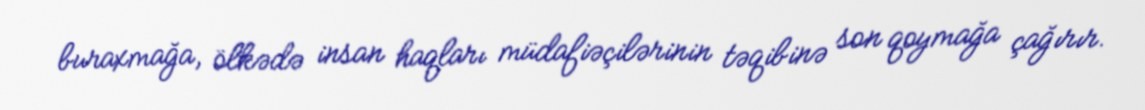
buraxmağa, ölkədə insan haqları müdafiəçilərinin təqibinə son qoymağa çağırır.